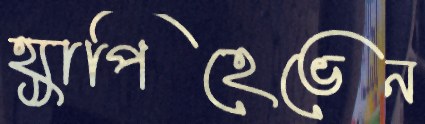
হ্যাপিহেভেন